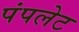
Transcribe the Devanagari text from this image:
पंपलेट